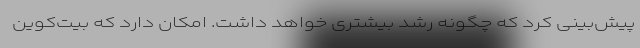
پیش‌بینی کرد که چگونه رشد بیشتری خواهد داشت. امکان دارد که بیت‌کوین